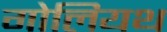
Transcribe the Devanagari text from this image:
गोलियथ